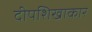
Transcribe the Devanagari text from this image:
दीपशिखाकार